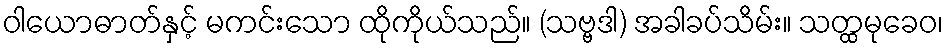
ဝါယောဓာတ်နှင့် မကင်းသော ထိုကိုယ်သည်။ (သဗ္ဗဒါ) အခါခပ်သိမ်း။ သတ္ထမုခေဝ၊